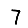
Digit: 7